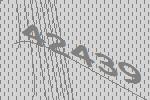
42439